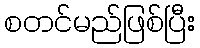
စတင်မည်ဖြစ်ပြီး